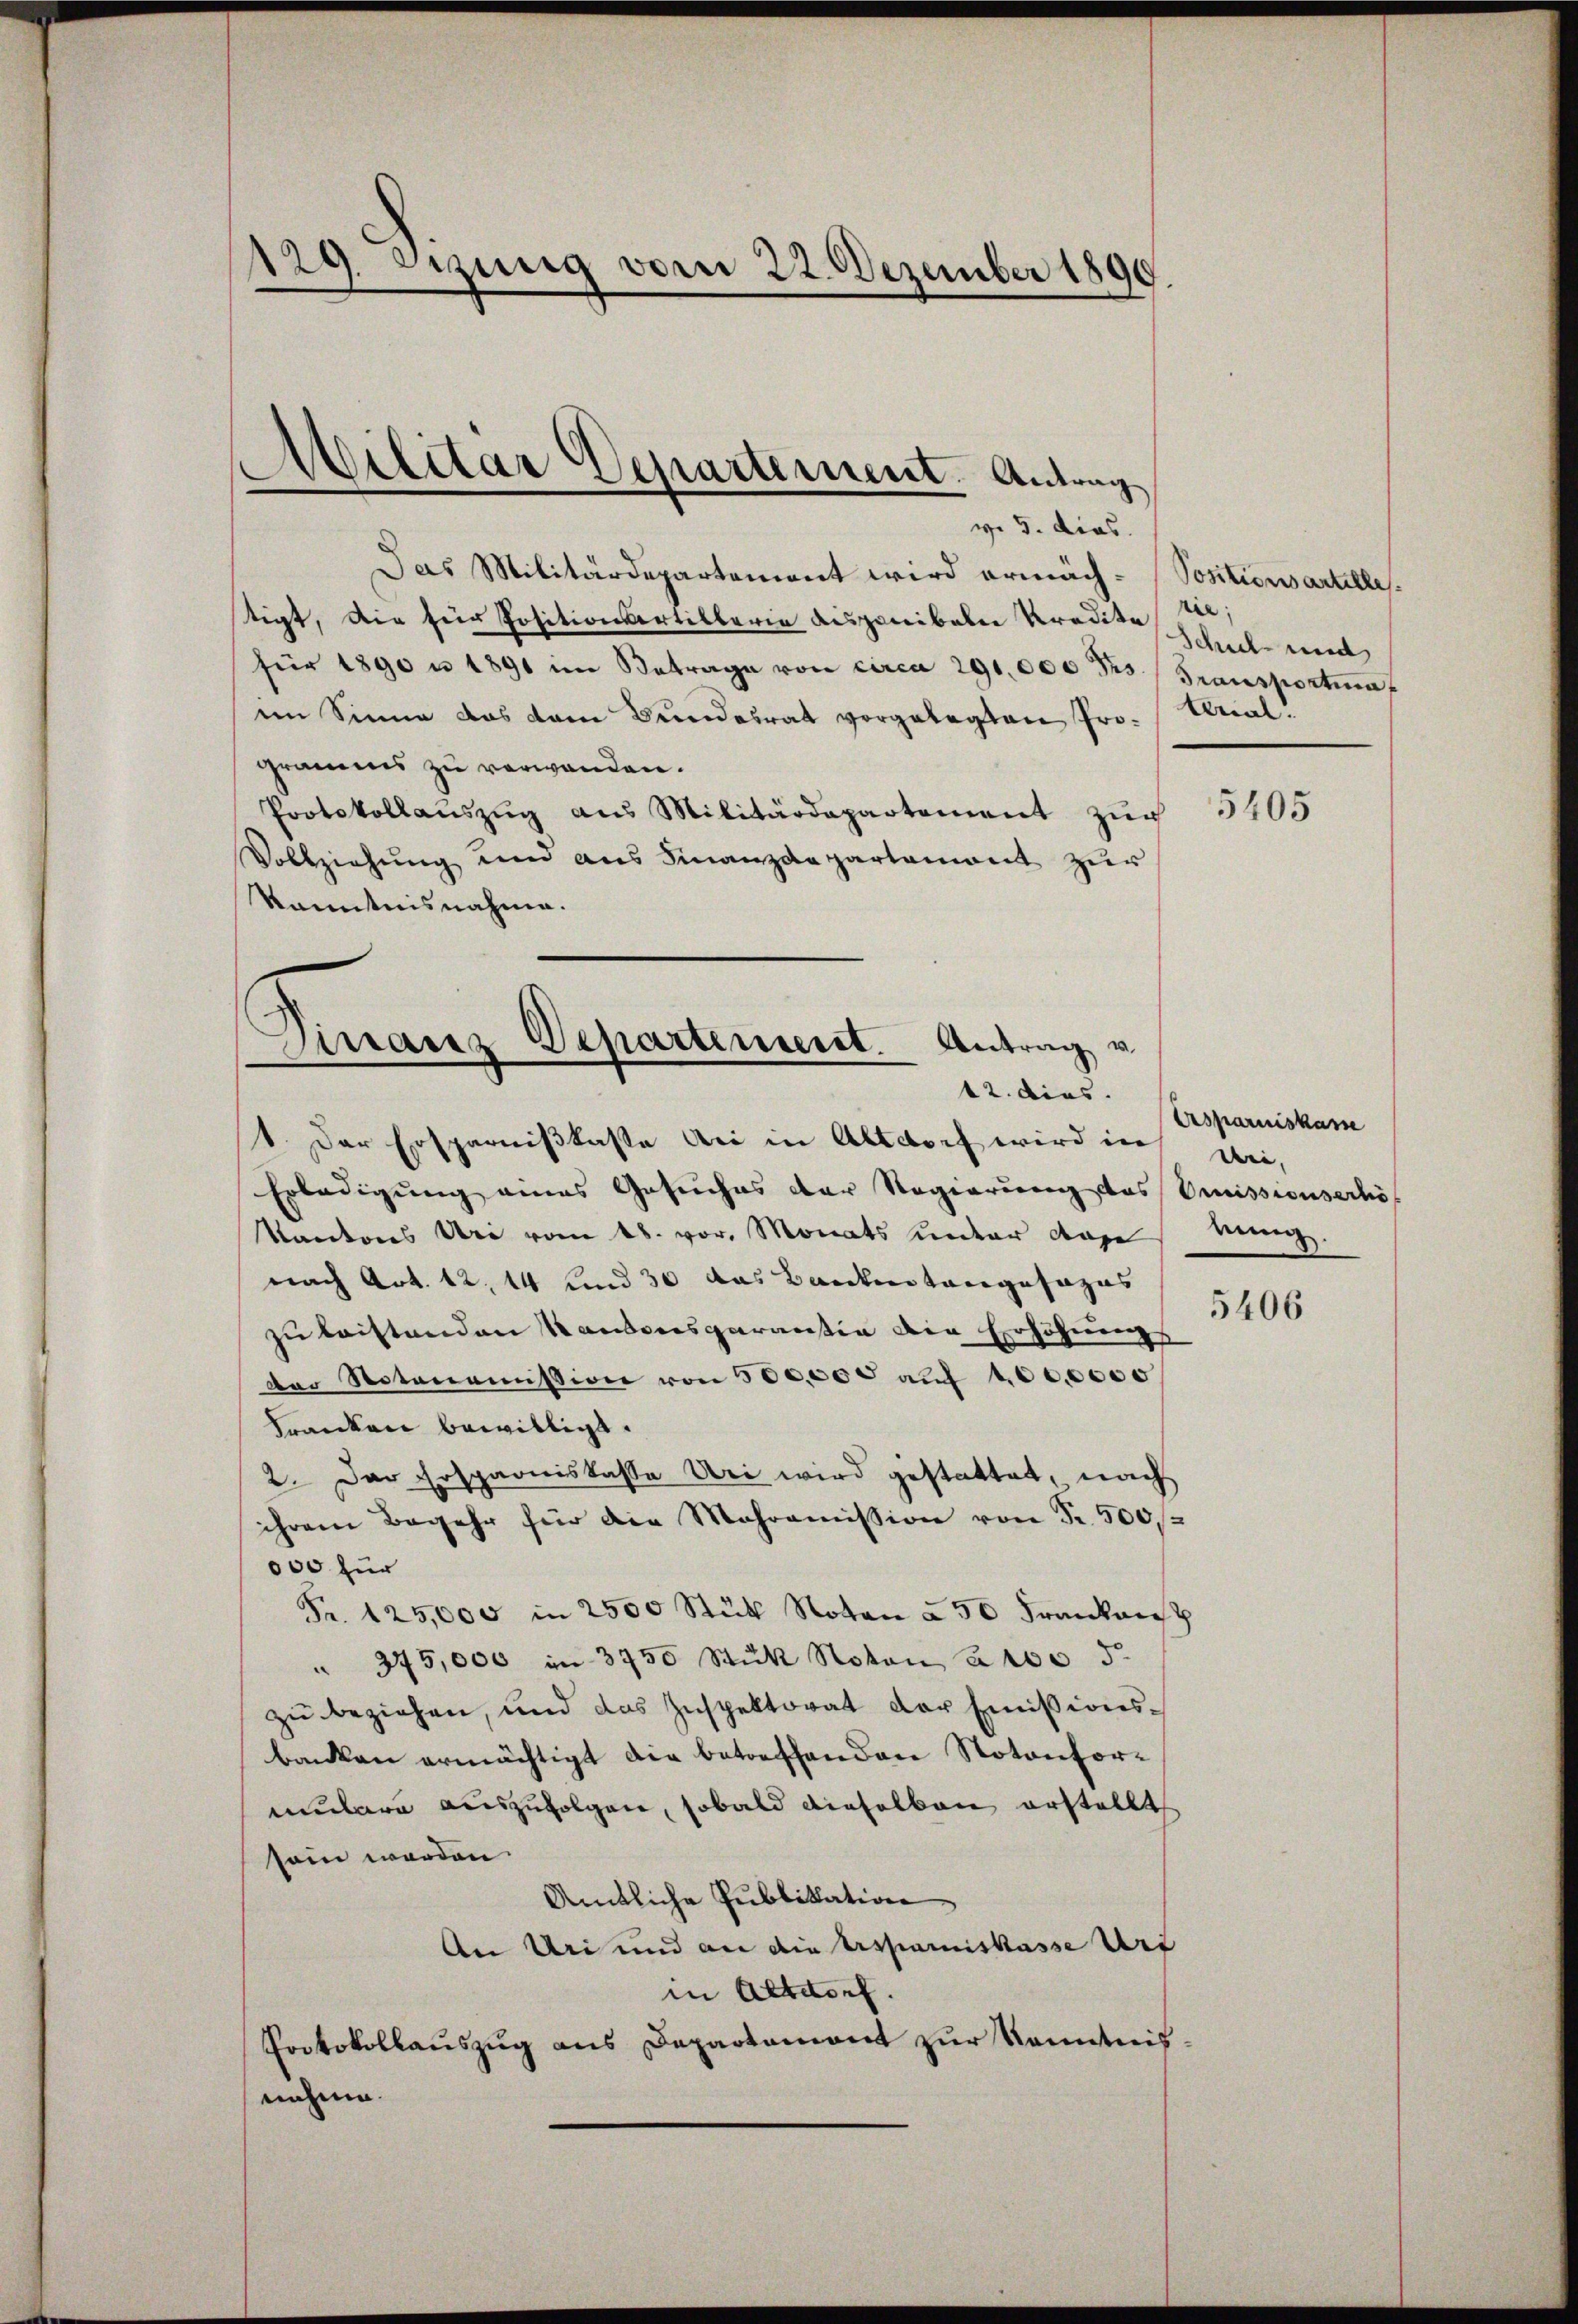
129. Setzung vom 22. Dezember 1890

.
Militar Separtement. Antrag

v. 5. dies
Das Militärdepartement wird ermäch-Sositionsartelle.
tigt, die für Positionsortillerie dispenibalen Kredite sie,
für 1890 u 1891 im Betrage von circa 290,000 Frs. (Transportia
in Sinne das vom Bundesrat vorgelegten Pro- Arial.
gramms zu verwanden.
Protokollanszŭg aŭs Militärdepartement zŭr 3405
Vollziehŭng und ans Finanzdepartament zŭr
Kenntnisnahme.

Dirranz Departement. Antrag v
12. dies.

1. Der Ersparnißkasse bei in Altdorf wird in wei
Erledigung eines Gesuches der Regierung des Emissionserhö
Kantons Uri vom 18. vor. Monats unter dose eing
nach Art. 12. 14 und 30 das Bankenstangesazas
zu beistanden Kantonsgarantin die Erhöhungs
der Notonomission von 500,000 aŭf 100,0000
Franken bewilligt.
2. Der Ersparniskasse Uri wird gestattet, nach
ihrem Begehr für die Mahroṁission von Fr. 500
000 für
Fr. 125,000 in 2500 Stück Noten à 50 Frankensch
" 375,000 in 3750 Stük Noton, à 1005.
zu beziehen, und das Inspektorat der Emissionsbanken ermächtigt die betreffenden Notonformulare auszufolgen, sobald dieselben erstellt
sein werden.
Amtliche Publikation
An Uri und an die Erspaniskasse Urt
in Altdorf.
Protokollauszug aus Departemont zur Kenntnisnehme.

Schul- und

Arsparnis kame

5406